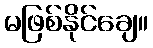
မဖြစ်နိုင်ချေ။